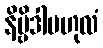
နိဗ္ဗိဒါဗဟုလံ